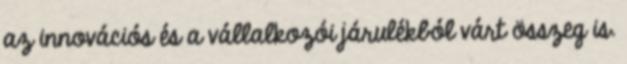
az innovációs és a vállalkozói járulékból várt összeg is.